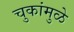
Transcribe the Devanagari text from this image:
चुकांमुळे